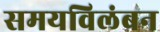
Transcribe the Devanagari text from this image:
समयविलंबन